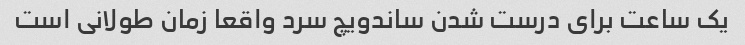
یک ساعت برای درست شدن ساندویچ سرد واقعا زمان طولانی است